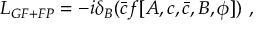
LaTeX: { \cal L } _ { G F + F P } = - i \delta _ { B } ( \bar { c } f [ A , c , \bar { c } , B , \phi ] ) \ ,